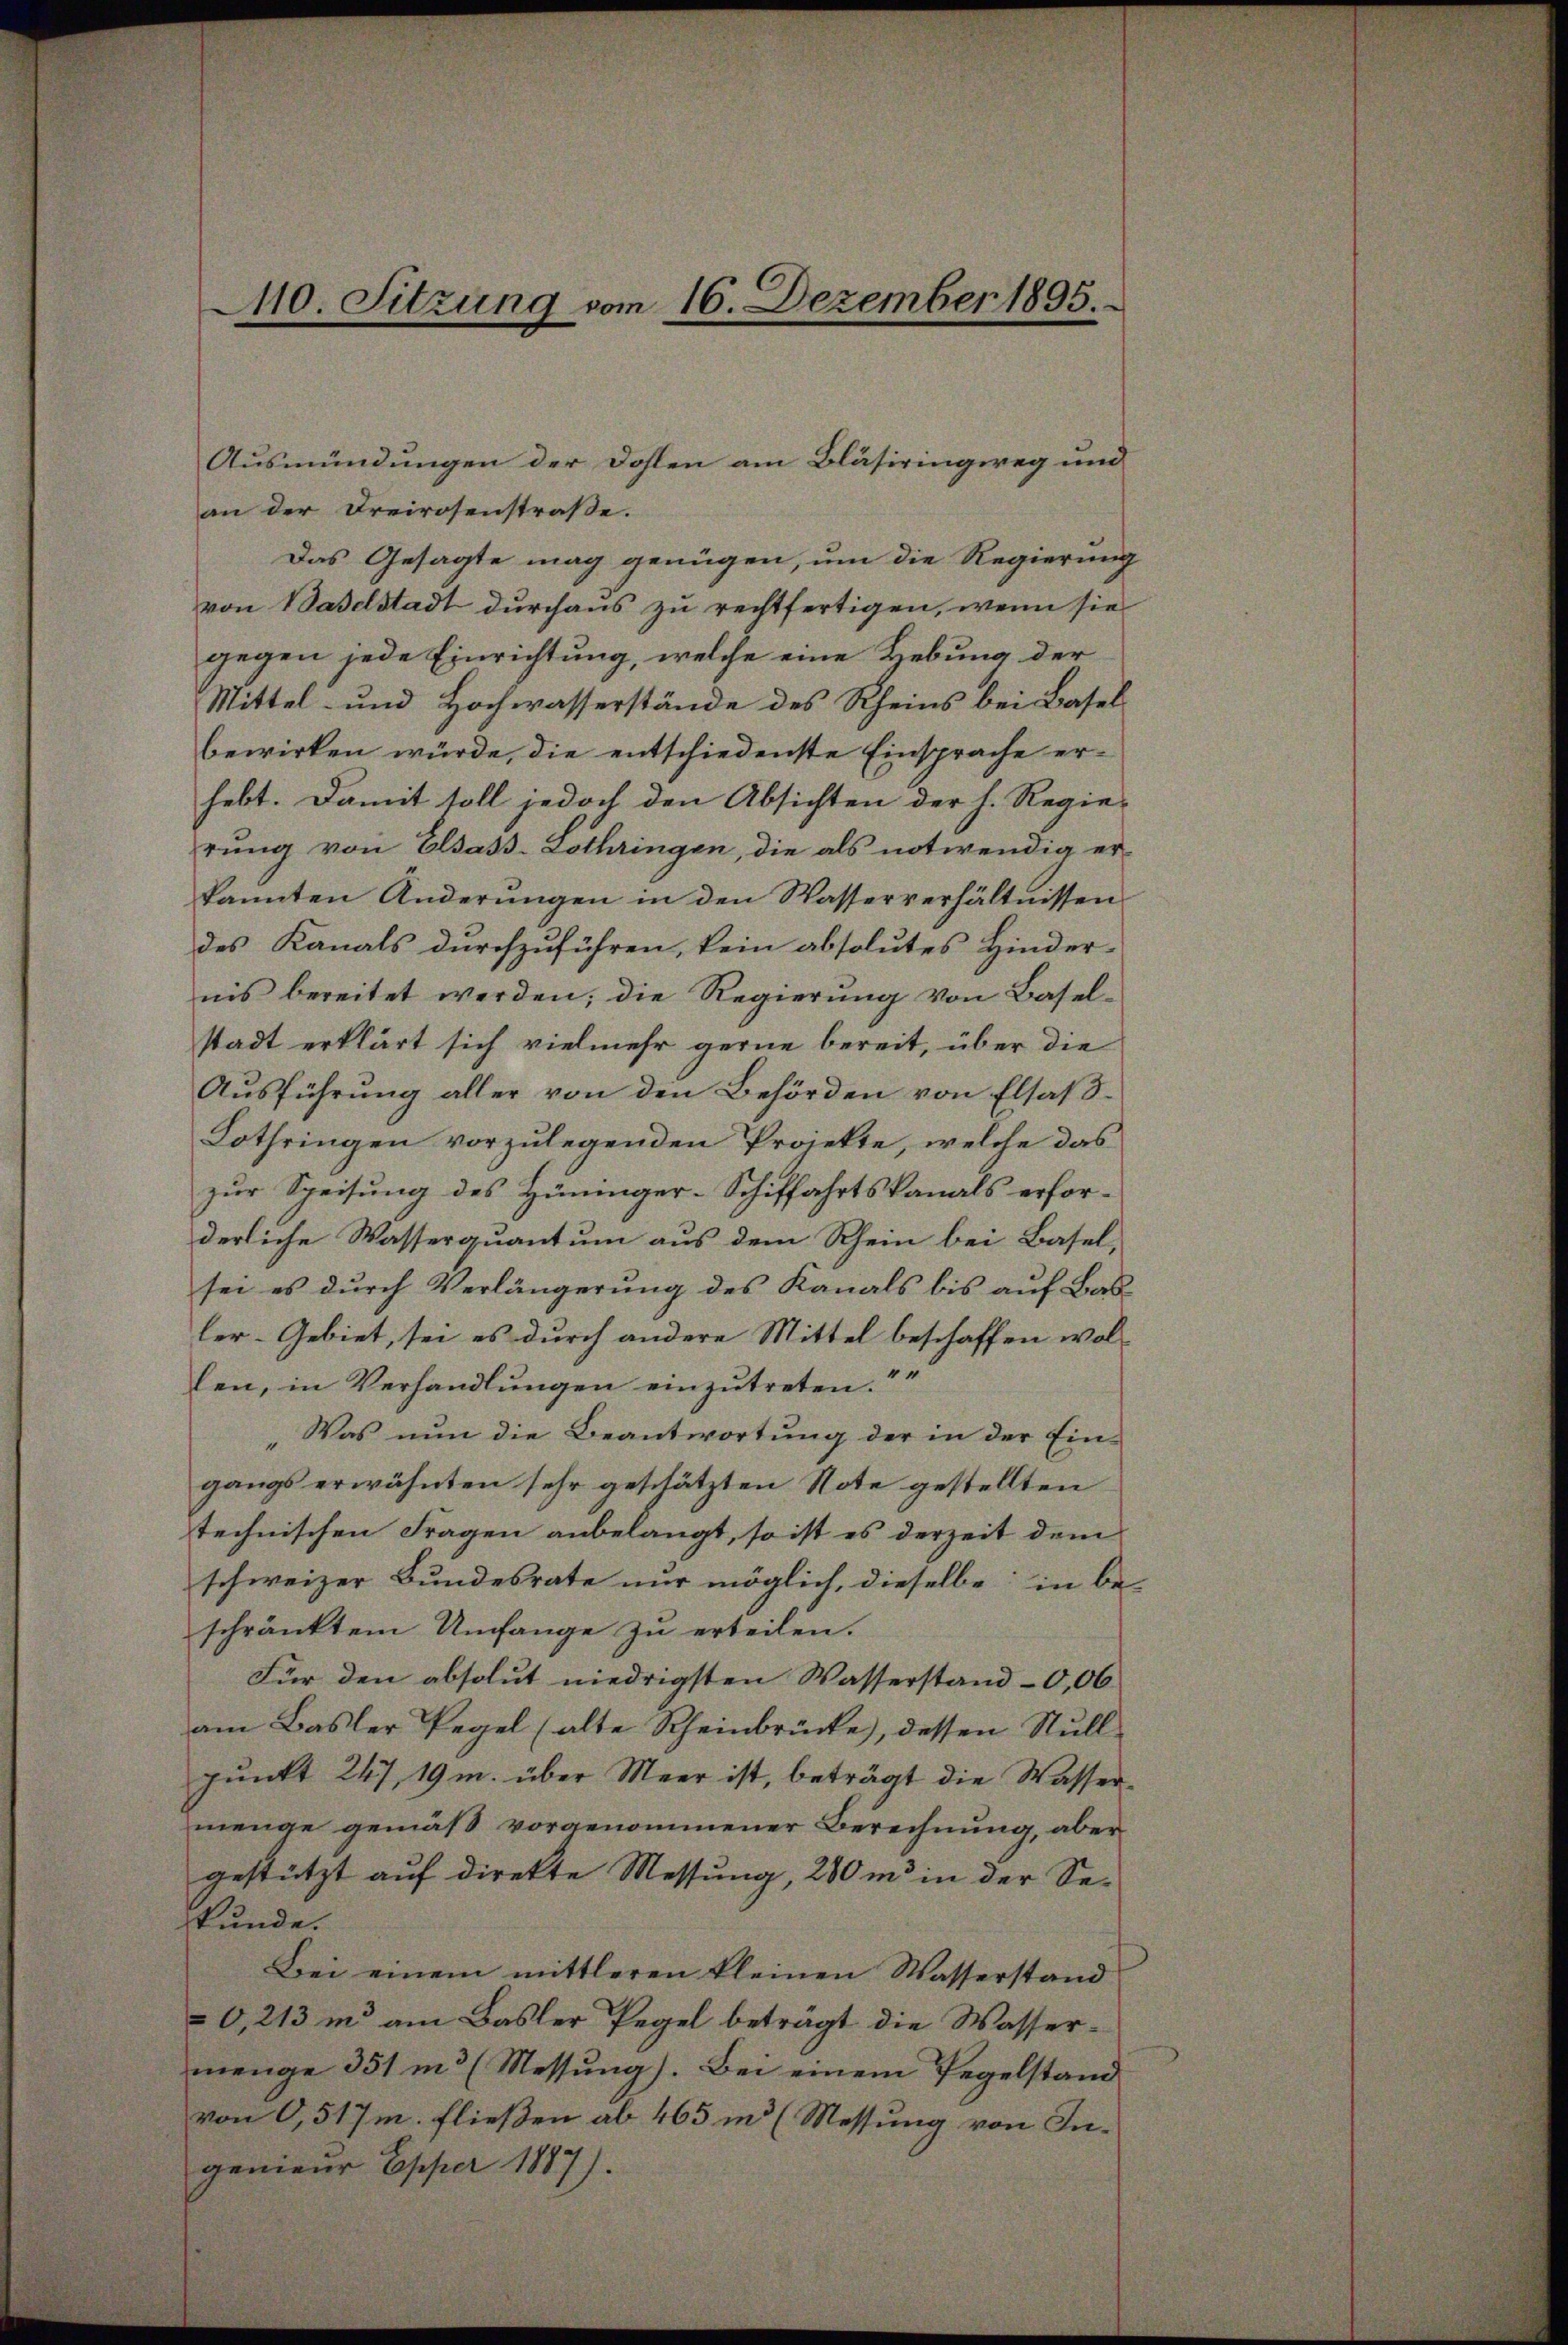
an der Dreirosenstraße.
Das Gesagte mag genügen, um die Regierung
von Baselstadt durchaus zu rechtfertigen, wenn sie
gegen jede Einrichtung, welche eine Hebung der
Mittel- und Hochwasserstände des Rheins bei Baselbewirken würde, die entschiedenste Einsprache er-
hebt. Damit soll jedoch den Absichten der h. Regie-
rŭng von Olsass-Lothringen, die als notwendig er-
kannten Änderŭngen in den Wasserverhältnissen
des Kanals durchzuführen, kein absolutes Hinder-
nis bereitet werden; die Regierŭng von Basel-
stadt erklärt sich vielmehr gerne bereit, über die
Ausführung aller von den Behörden von Elsas¬
Lothringen vorzulegenden Projekte, welche das
zur Speisung des Hüninger-Schiffahrtskanals erforderliche Wasserquantum aus dem Rhein bei Basel-
sei es durch Verlängerung des Kanals bis auf Bal
ler-Gebiet, sei es durch andere Mittel beschaffen wollen, in Verhandlŭngen einzŭtreten.“
"Was nun die Beantwortŭng der in der Ein-
gangs erwähnten sehr geschätzten Note gestellten
technischen Fragen anbelangt, so ist es derzeit dem
schweizer Bundesrate nur möglich, dieselbe in be-
schränktem Umfange zu erteilen.
Für den absolut niedrigsten Wasserstand –0,06
am Basler Pegel (alte Rheinbrücke), dessen Stullpunkt 247, 19 m. über Meer ist, beträgt die Wassermenge gemäß vorgenommener Berechnung, aber
gestützt auf direkte Messung, 200 m in der Sekunde.
Bei einem mittleren kleinen Wasserstand
0, 213 in am Basler Pegel beträgt die Wassermenge 351 m3 (Messung). Bei einem Regelstand
von 0,517m. fließen ab 465 in Messung von Ingenieur Epper 1887).

10. Sitzung vom 16. Dezember 1895.

Ausmündungen der Dohlen am Bläsiringweg und